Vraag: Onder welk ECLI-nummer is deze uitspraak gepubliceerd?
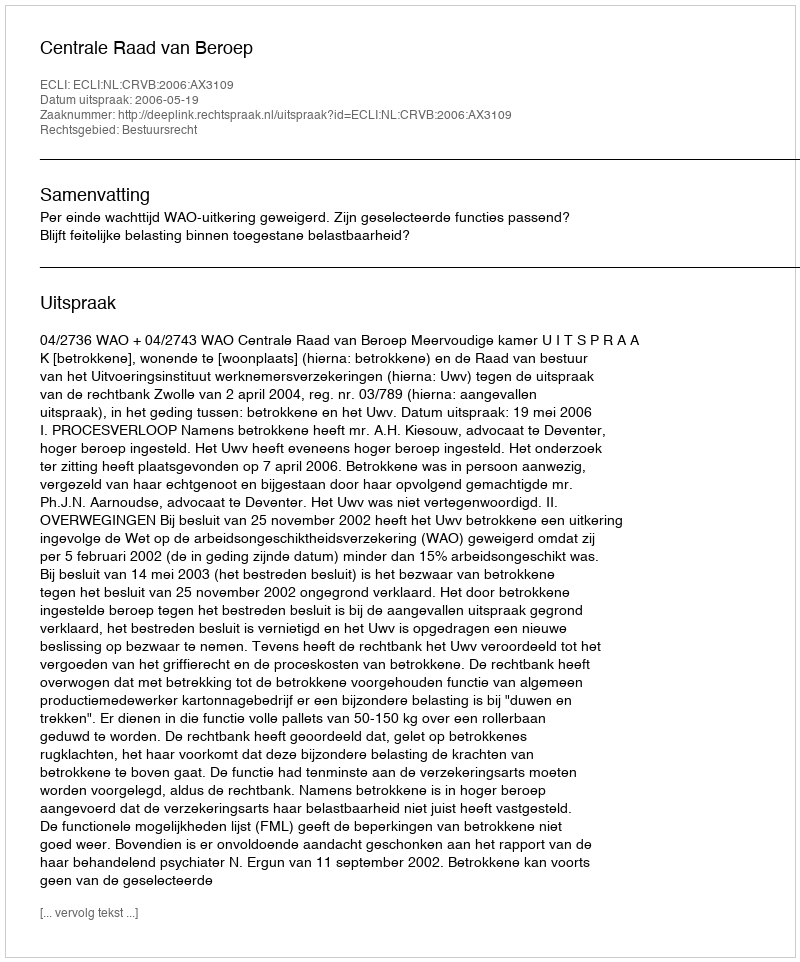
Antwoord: ECLI:NL:CRVB:2006:AX3109